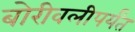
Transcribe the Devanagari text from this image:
बोरीवलीपर्यंत